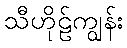
သီဟိုဠ်ကျွန်း